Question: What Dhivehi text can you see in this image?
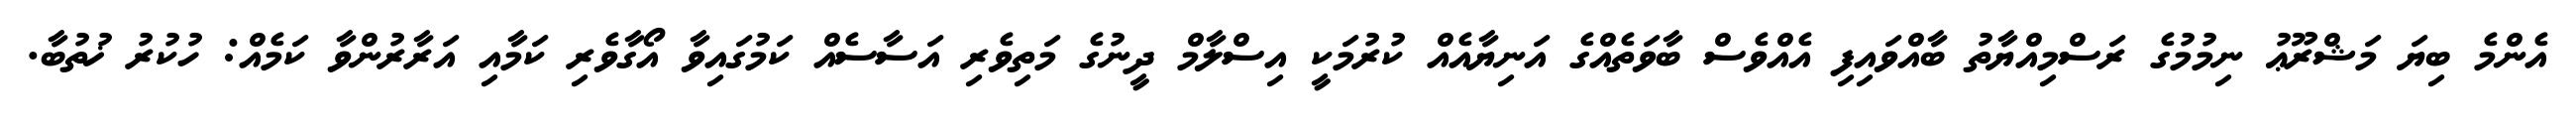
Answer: އެންމެ ބިޔަ މަޝްރޫޢު ނިމުމުގެ ރަސްމިއްޔާތު ބާއްވައިފި އެއްވެސް ބާވަތެއްގެ އަނިޔާއެއް ކުރުމަކީ އިސްލާމް ދީނުގެ މަތިވެރި އަސާސެއް ކަމުގައިވާ އޯގާވެރި ކަމާއި އަރާރުންވާ ކަމެއް: ހުކުރު ޚުތުބާ.